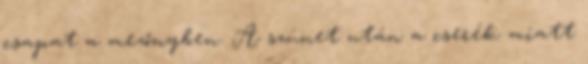
csapat a mezőnyben. A szünet után a cserék miatt